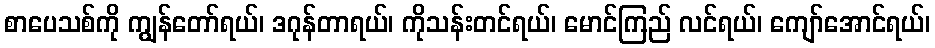
စာပေသစ်ကို ကျွန်တော်ရယ်၊ ဒဂုန်တာရယ်၊ ကိုသန်းတင်ရယ်၊ မောင်ကြည် လင်ရယ်၊ ကျော်အောင်ရယ်၊